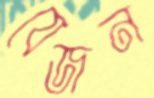
যেজন